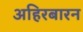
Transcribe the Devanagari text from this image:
अहिरबारन